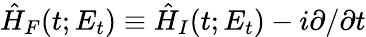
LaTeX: \hat{H}_{F}(t;E_{t})\equiv\hat{H}_{I}(t;E_{t})-i\partial/\partial t